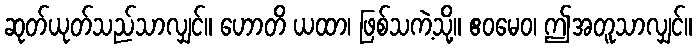
ဆုတ်ယုတ်သည်သာလျှင်။ ဟောတိ ယထာ၊ ဖြစ်သကဲ့သို့။ ဧဝမေဝ၊ ဤအတူသာလျှင်။